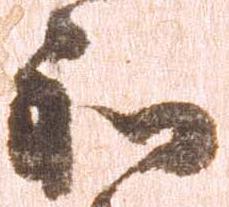
和